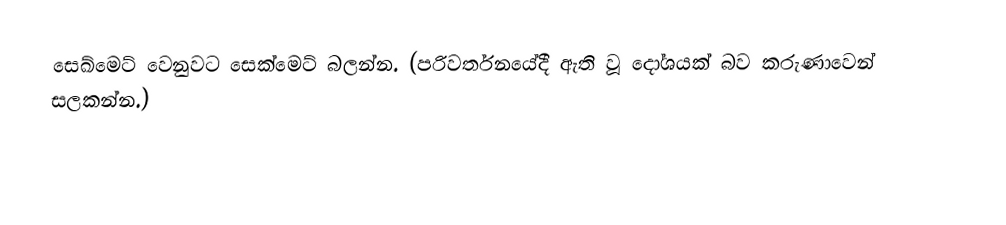
සෙඛ්මෙට් වෙනුවට සෙක්මෙට් බලන්න. (පරිවර්තනයේදී ඇති වූ දෝශයක් බව කරුණාවෙන් සලකන්න.)